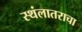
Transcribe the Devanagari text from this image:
स्थंलातराचा